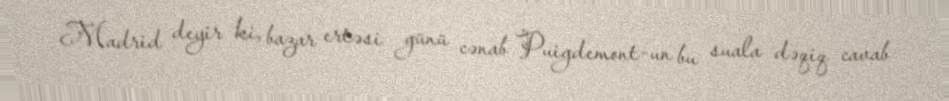
Madrid deyir ki, bazar ertəsi günü cənab Puigdemont-un bu suala dəqiq cavab